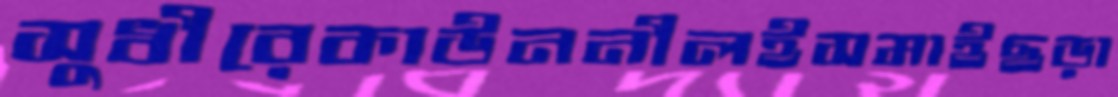
সুধীরেকাউননীলইসমাইছড়া